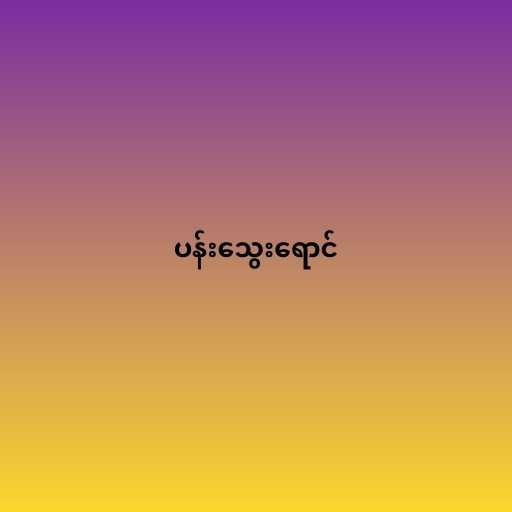
ပန်းသွေးရောင်